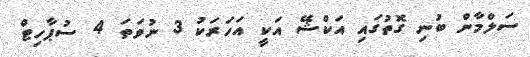
ސަލްމާން ބުނި ގޮތުގައި އަކްޝޭ އަކީ އަހަރަކު 3 ނުވަތަ 4 ސުޕާހިޓް